Medical and sanitary report of the native army of Bengal for the year
Year: 1874
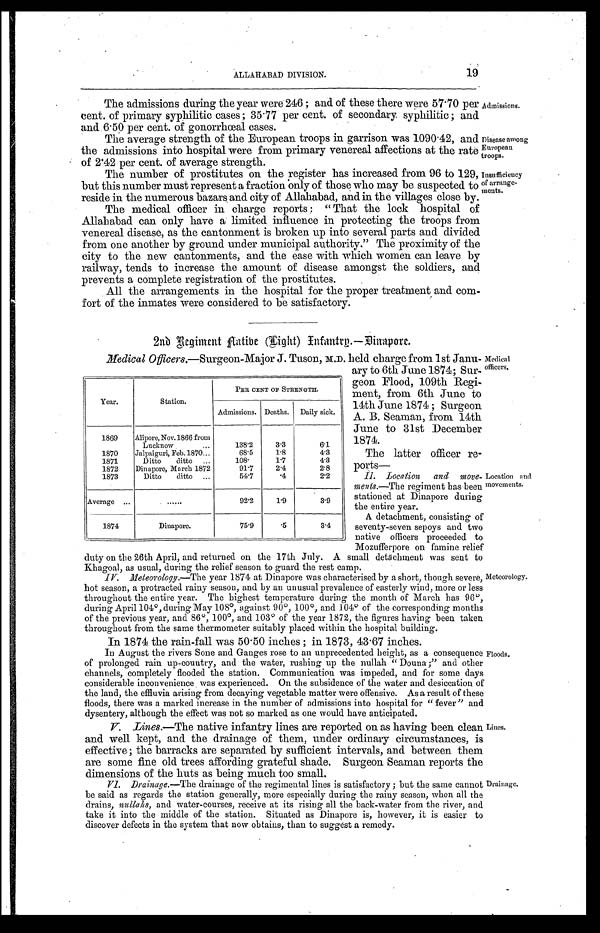
19
ALLAHABAD DIVISION.
The admissions during the year were 246; and of these there were 57.70 per
cent. of primary syphilitic cases; 35.77 per cent. of secondary syphilitic; and
and 6.50 per cent. of gonorrhœal cases.
The average strength of the European troops in garrison was 1090.42, and
the admissions into hospital were from primary venereal affections at the rate
of 2.42 per cent. of average strength.
The number of prostitutes on the register has increased from 96 to 129,
but this number must represent a fraction only of those who may be suspected to
reside in the numerous bazars, and city of Allahabad, and in the villages close by.
The medical officer in charge reports: "That the lock hospital of
Allahabad can only have a limited influence in protecting the troops from
venereal disease, as the cantonment is broken up into several parts and divided
from one another by ground under municipal authority. "The proximity of the
city to the new cantonments, and the case with which women can leave by
railway, tends to increase the amount of disease amongst the soldiers, and
prevents a complete registration of the prostitutes.
All the arrangements in the hospital for the proper treatment and com
-fort of the inmates were considered to be satisfactory.
Admissions.
Disease among
European
troops.
Insufficiency
of arrange
- m e n t s .
2nd Regiment Native (Light) Infantry.—Dinapore.
Medical Officers .—Surgeon-Major J. Tuson, M.D. held charge from 1st Janu
-ary to 6th June 1874; Sur-
geon Flood, 109th Regi
-ment, from 6th June to
14th. June 1874; Surgeon
A. B. Seaman, from 14th
June to 31st December
1874.
The latter officer re
-ports—
11. Location and move
-
ments .—The regiment has been
stationed at Dinapore during
the entire year.
A. detachment, consisting of
seventy-seven sepoys and two
native officers proceeded to
Mozufferpore on famine relief
duty on the 26th April, and returned on the 17th July. A small detachment was sent to
Khagoal, as usual, during the relief season to guard the rest
camp.
IV. Meteorology .—The year 1874 at Dinapore was characterised by a short, though severe,
hot season, a protracted rainy season, and by an unusual prevalence of easterly wind, more or less
throughout the entire year. The highest temperature during the month of March has 96°,
during April 104°, during May 108°, against 90°, 100°, and 104° of the corresponding months
of the previous year, and 86°, 100°, and 103° of the year 1872, the figures having been taken
throughout from the same thermometer suitably placed within the hospital building.
Year.
Station.
PER CENT OF STRENGTH.
Admissions. Deaths.
Daily sick.
1869
Alipore, Nov.1866 from
Lucknow . . .
138.2
3.3
6.1
1870
Jalpaiguri, Feb. 1870 . . .
68.5
1.8
4.3
1871
Ditto ditto . . .
108.
1.7
4.3
1872
Dinapore, March 1872
91.7
2.4
2.8
1873
Ditto ditto . . .
54.7
.4
2.2
Average . . .
. . .
92.2
1.9
3.9
1874
Dinapore.
75.9
.5
3.4
Medical
officers.
Location and
movements.
Meteorology.
In 1874 the rain-fall was 50.50 inches; in 1873, 43.67 inches.
In August the rivers Sone and Ganges rose to an unprecedented height, as a consequence
of prolonged rain up-country, and the water, rushing up the nullah "Douna;" and other
channels, completely flooded the station. Communication was impeded, and for some days
considerable inconvenience was experienced. On the subsidence of the water and desiccation of
the land, the effluvia arising from decaying vegetable matter were offensive. As a result of these
floods, there was a marked increase in the number of admissions into hospital for "fever" and
dysentery, although the effect was not so marked as one would have anticipated.
V. Lines .—The native infantry lines are reported on as having been clean
and well kept, and the drainage of them, under ordinary circumstances, is
effective; the barracks are separated by sufficient intervals, and between them
are some fine old trees affording grateful shade. Surgeon Seaman reports the
dimensions of the huts as being much too small.
V I . D r a i n a g e . —
T h e
d r a i n a g e o f t h e r e g i m e n t a l l i n e s i s s a t i s f a c t o r y ; b u t t h e s a m e c a n n o t
be said as regards the station generally, more especially during the rainy season, when all the
drains, nullahs, and water-courses, receive at its rising all the back-water from the river, and
take it into the middle of the station. Situated as Dinapore is, however, it is easier to
discover defects in the system that now obtains, than to suggest a remedy.
Floods.
Lines.
Drainage.